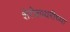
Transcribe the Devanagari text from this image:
शेरोशायरीच्या